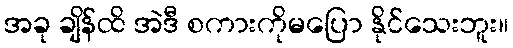
အခု ချိန်ထိ အဲဒီ စကားကိုမပြော နိုင်သေးဘူး။